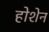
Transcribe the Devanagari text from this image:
होशेन